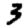
Digit: 3